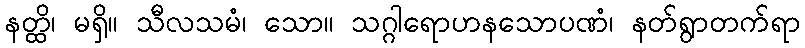
နတ္ထိ၊ မရှိ။ သီလသမံ၊ သော။ သဂ္ဂါရောဟနသောပဏံ၊ နတ်ရွာတက်ရာ